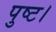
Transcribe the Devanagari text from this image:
पुष्ट।